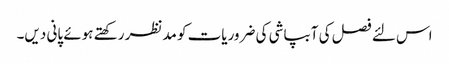
اس لئے فصل کی آبپاشی کی ضروریات کو مدنظر رکھتے ہوئے پانی دیں۔